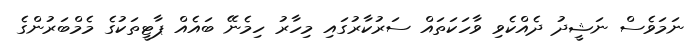
ނަމަވެސް ނަޝީދު ދެއްކެވި ވާހަކަތައް ސަރުކާރުގައި މިހާރު ހިމެނޭ ބައެއް ޕާޓީތަކުގެ މެމްބަރުންގެ